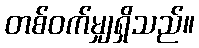
တစ်ဝက်မျှရှိသည်။